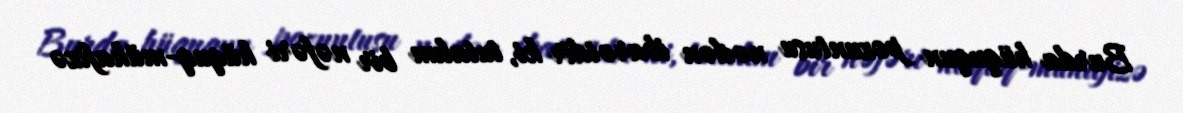
Burda hüququn pozuntusu nədən ibarətdir ki, tutalım bir nəfəri hüquq-mühafizə